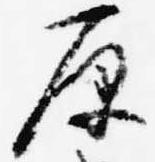
原